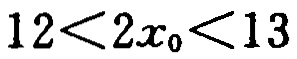
\(12<2x_{0}<13\)